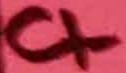
Text: C1